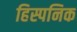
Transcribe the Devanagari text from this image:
हिस्पनिक